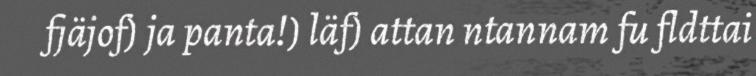
fjäjof) ja panta!) läf) attan ntannam fu fldttai